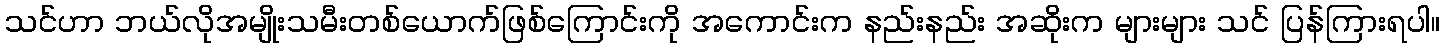
သင်ဟာ ဘယ်လိုအမျိုးသမီးတစ်ယောက်ဖြစ်ကြောင်းကို အကောင်းက နည်းနည်း အဆိုးက များများ သင် ပြန်ကြားရပါ။